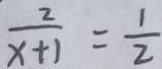
\frac { 2 } { x + 1 } = \frac { 1 } { 2 }